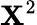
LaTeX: \mathbf{X}^{2}